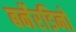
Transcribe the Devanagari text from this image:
बर्नेरडिनो